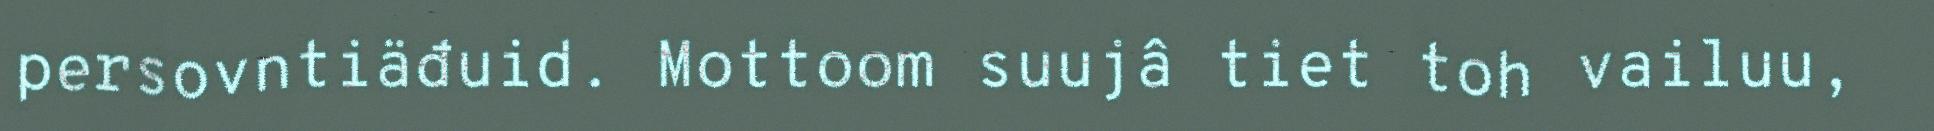
persovntiäđuid. Mottoom suujâ tiet toh vailuu,